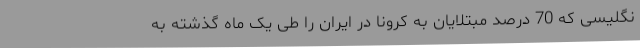
نگلیسی که 70 درصد مبتلایان به کرونا در ایران را طی یک ماه گذشته به